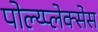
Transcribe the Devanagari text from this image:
पोल्य्प्लेक्सेस